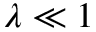
\lambda \ll 1